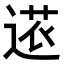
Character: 𮞠